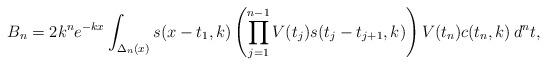
LaTeX: \begin{align*}B_n = 2 k^n e^{-kx} \int_{\Delta_n(x)} s(x-t_1,k) \left( \prod_{j=1}^{n-1} V(t_j) s(t_{j}-t_{j+1},k) \right) V(t_n) c(t_n,k) \, d^n t,\end{align*}